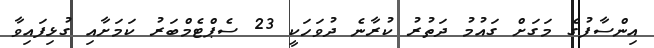
އިންސާފުގެ މަގަށް ގައުމު ދަތުރު ކުރާނެ ދުވަހަކީ 23 ސެޕްޓެމްބަރު ކަމަށާއި ގުޅިފައިވާ